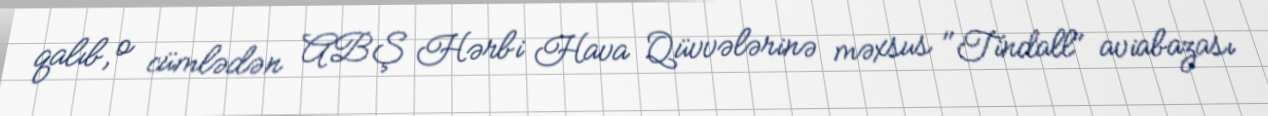
qalıb, o cümlədən ABŞ Hərbi Hava Qüvvələrinə məxsus "Tindall" aviabazası